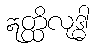
ဣတ္ထိလုဒ္ဓါ